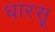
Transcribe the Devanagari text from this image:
धारसू